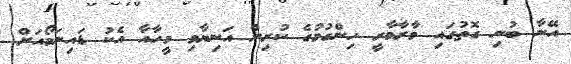
އޭނާ ބުނި ގޮތުގައި މާރާމާރީ ހިންގުމުގެ ކުރިން އަނިޔާވި މީހާއާ އެކު ޑައިނަމޯއަށް